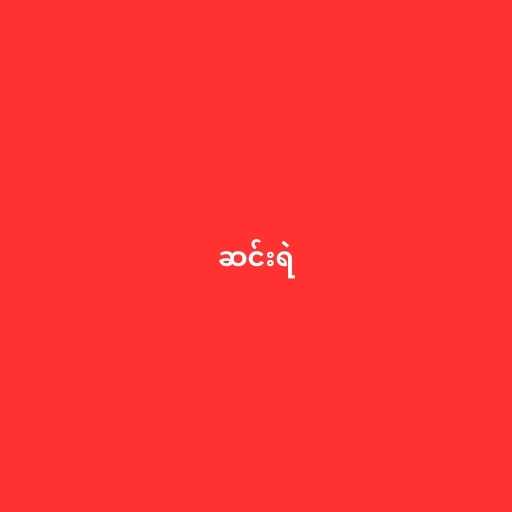
ဆင်းရဲ